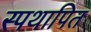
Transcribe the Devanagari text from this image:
स्पथापित